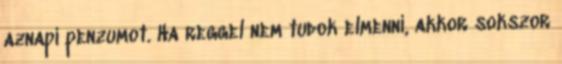
aznapi penzumot. Ha reggel nem tudok elmenni, akkor sokszor